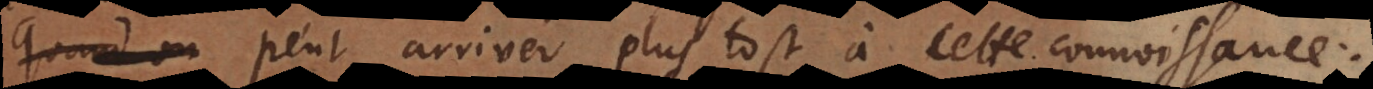
qu’on peut arriver plus tost à cette connoissance: